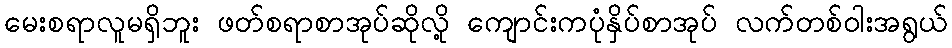
မေးစရာလူမရှိဘူး ဖတ်စရာစာအုပ်ဆိုလို့ ကျောင်းကပုံနှိပ်စာအုပ် လက်တစ်ဝါးအရွယ်